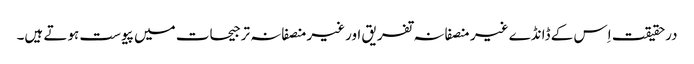
درحقیقت اِس کے ڈانڈے غیر منصفانہ تفریق اورغیرمنصفانہ ترجیحات میں پیوست ہوتے ہیں۔